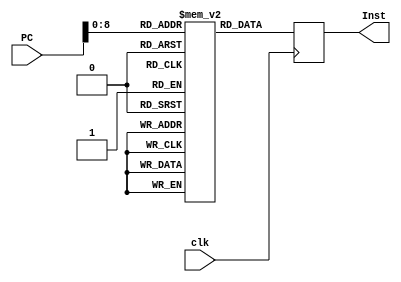
`timescale 1ns / 1ps
//////////////////////////////////////////////////////////////////////////////////
// Company: 
// Engineer: 
// 
// Design Name: 
// Module Name:    Inst_Mem_clk 
// Project Name: 
// Target Devices: 
// Tool versions: 
// Description: 
//
// Dependencies: 
//
// Revision: 
// Revision 0.01 - File Created
// Additional Comments: 
//
//////////////////////////////////////////////////////////////////////////////////

module Inst_Mem_clk(
PC,
Inst,
clk
    );

output [31:0] Inst;
reg [31:0] Inst;
input [31:0] PC;
input clk;

reg [31:0] regfile[511:0];

//assign Inst = regfile[PC];

always @ (posedge clk)
	Inst <= regfile[PC];


endmodule